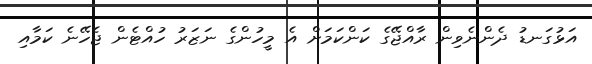
އަޅުގަނޑު ދެންނެވިން ރާއްޖޭގެ ކަންކަމަށް އެ މީހުންގެ ނަޒަރު ހުއްޓެން ޖެހޭނެ ކަމާއި